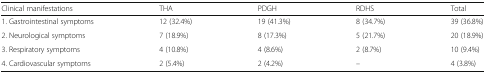
<table><thead><tr><td><b>Clinical manifestations</b></td><td><b>THA</b></td><td><b>PDGH</b></td><td><b>RDHS</b></td><td><b>Total</b></td></tr></thead><tbody><tr><td>1. Gastrointestinal symptoms</td><td>12 (32.4%)</td><td>19 (41.3%)</td><td>8 (34.7%)</td><td>39 (36.8%)</td></tr><tr><td>2. Neurological symptoms</td><td>7 (18.9%)</td><td>8 (17.3%)</td><td>5 (21.7%)</td><td>20 (18.9%)</td></tr><tr><td>3. Respiratory symptoms</td><td>4 (10.8%)</td><td>4 (8.6%)</td><td>2 (8.7%)</td><td>10 (9.4%)</td></tr><tr><td>4. Cardiovascular symptoms</td><td>2 (5.4%)</td><td>2 (4.2%)</td><td>–</td><td>4 (3.8%)</td></tr></tbody></table>